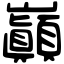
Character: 巓